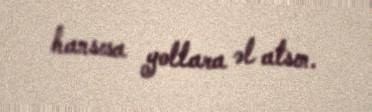
hansısa yollara əl atsın.